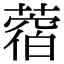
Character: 𦼑